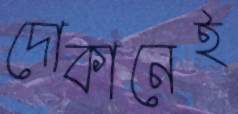
দোকানেই